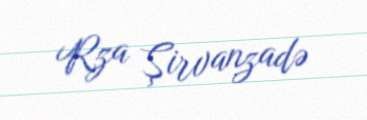
Rza Şirvanzadə